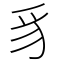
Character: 豸